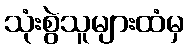
သုံးစွဲသူများထံမှ